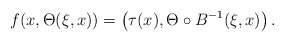
\begin{align*}f ( x , \Theta ( \xi , x ) ) = \left( \tau (x) , \Theta \circ B ^{-1} (\xi , x ) \right) .\end{align*}